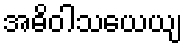
အဓိဝါသယေယျ